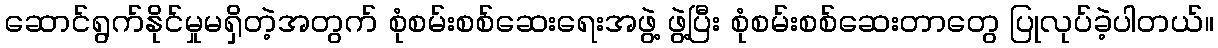
ဆောင်ရွက်နိုင်မှုမရှိတဲ့အတွက် စုံစမ်းစစ်ဆေးရေးအဖွဲ့ ဖွဲ့ပြီး စုံစမ်းစစ်ဆေးတာတွေ ပြုလုပ်ခဲ့ပါတယ်။